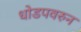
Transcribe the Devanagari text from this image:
धोडपवरुन